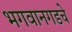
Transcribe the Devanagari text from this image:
भगवानगडचे